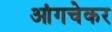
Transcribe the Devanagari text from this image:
आंगचेकर